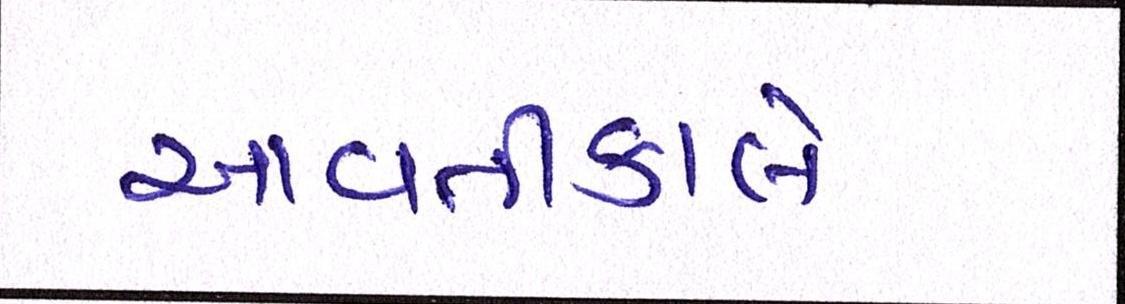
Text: આવતીકાલે